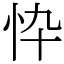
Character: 忰